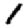
Digit: 1